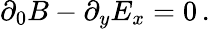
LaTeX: \partial_{0}B-\partial_{y}E_{x}=0\, .